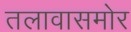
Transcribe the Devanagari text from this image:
तलावासमोर